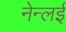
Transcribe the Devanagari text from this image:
नेन्लई